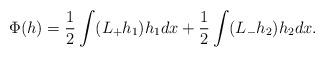
LaTeX: \begin{align*}\Phi(h)=\frac{1}{2} \int (L_+ h_1) h_1 dx + \frac{1}{2} \int (L_- h_2) h_2 dx.\end{align*}